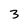
Character: 3